Report on vaccination in Madras 1922-1929 - 1922-1929
Year: 1922
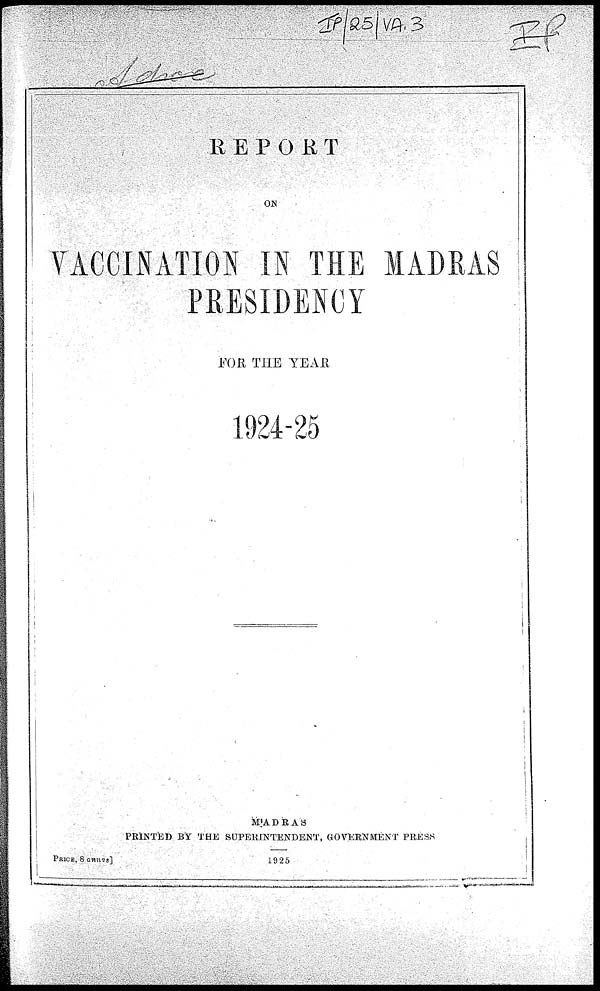
REPORT
ON
VACCINATION IN THE MADRAS
PRESIDENCY
FOR THE YEAR
1924-25
MADRAS
PRINTED BY THE SUPERINTENDENT, GOVERNMENT PRESS
1925
PRICE, 8 annas]